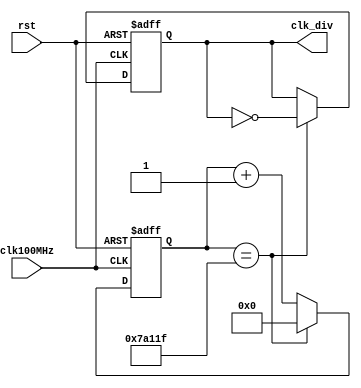
`timescale 1ns / 1ps
/******************************************************************************
 * (C) Copyright 2016 AGH UST All Rights Reserved
 *
 * MODULE:    clk_divider
 * DEVICE:    general
 * PROJECT:   stopwatch
 *
 * ABSTRACT:  The clock divider module. Assuming 100MHz input clock
 *
 * HISTORY:
 * 1 Jan 2016, RS - initial version
 * 5 Jan 2019, AK - edited (parameter FREQ_OUT added, LOOP_COUNTER_AT edited)
 *******************************************************************************/

module clk_divider #( parameter FREQ_OUT = 100)
    (
        input  wire clk100MHz, // input clock 100 MHz
        input  wire rst,       // async reset active high
        output reg  clk_div    // output clock
    );

    // when the counter should restart from zero
    localparam LOOP_COUNTER_AT = 100_000_000 / (2*FREQ_OUT);

    reg [clog2(LOOP_COUNTER_AT)-1:0] count;

    always @( posedge(clk100MHz), posedge(rst) )
    begin

        if(rst)
        begin : counter_reset
            count   <= #1 0;
            clk_div <= #1 1'b0;
        end

        else
        begin : counter_operate

            if (count == (LOOP_COUNTER_AT - 1))
            begin : counter_loop
                count   <= #1 0;
                clk_div <= #1 ~clk_div;
            end

            else
            begin : counter_increment
                count   <= #1 count + 1;
                clk_div <= #1 clk_div;
            end

        end
    end

    // function to calculate number of bits necessary to store the number
    // (ceiling of base 2 logarithm)
    function integer clog2(input integer number);
        begin
            clog2 = 0;
            while (number)
            begin
                clog2  = clog2 + 1;
                number = number >> 1;
            end
        end
    endfunction

endmodule